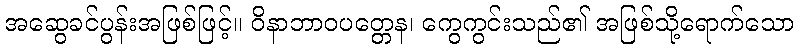
အဆွေခင်ပွန်းအဖြစ်ဖြင့်။ ဝိနာဘာဝပတ္တေန၊ ကွေကွင်းသည်၏ အဖြစ်သို့ရောက်သော